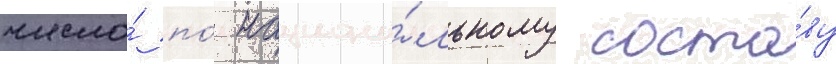
число́ по́ национа́льному соста́ву